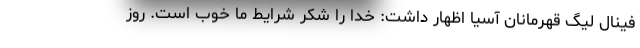
فینال لیگ قهرمانان آسیا اظهار داشت: خدا را شکر شرایط ما خوب است. روز